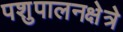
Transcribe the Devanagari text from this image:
पशुपालनक्षेत्रे